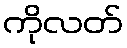
ကိုလတ်